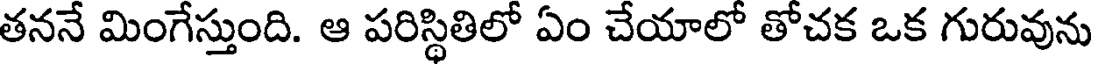
తననే మింగేస్తుంది. ఆ పరిస్థితిలో ఏం చేయాలో తోచక ఒక గురువును